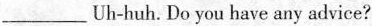
___Uh-huh. Do you have any advice?